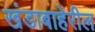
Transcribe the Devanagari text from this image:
खंडाबाहेरील